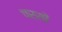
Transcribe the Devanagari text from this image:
चरसों